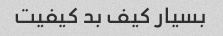
بسیار کیف بد کیفیت